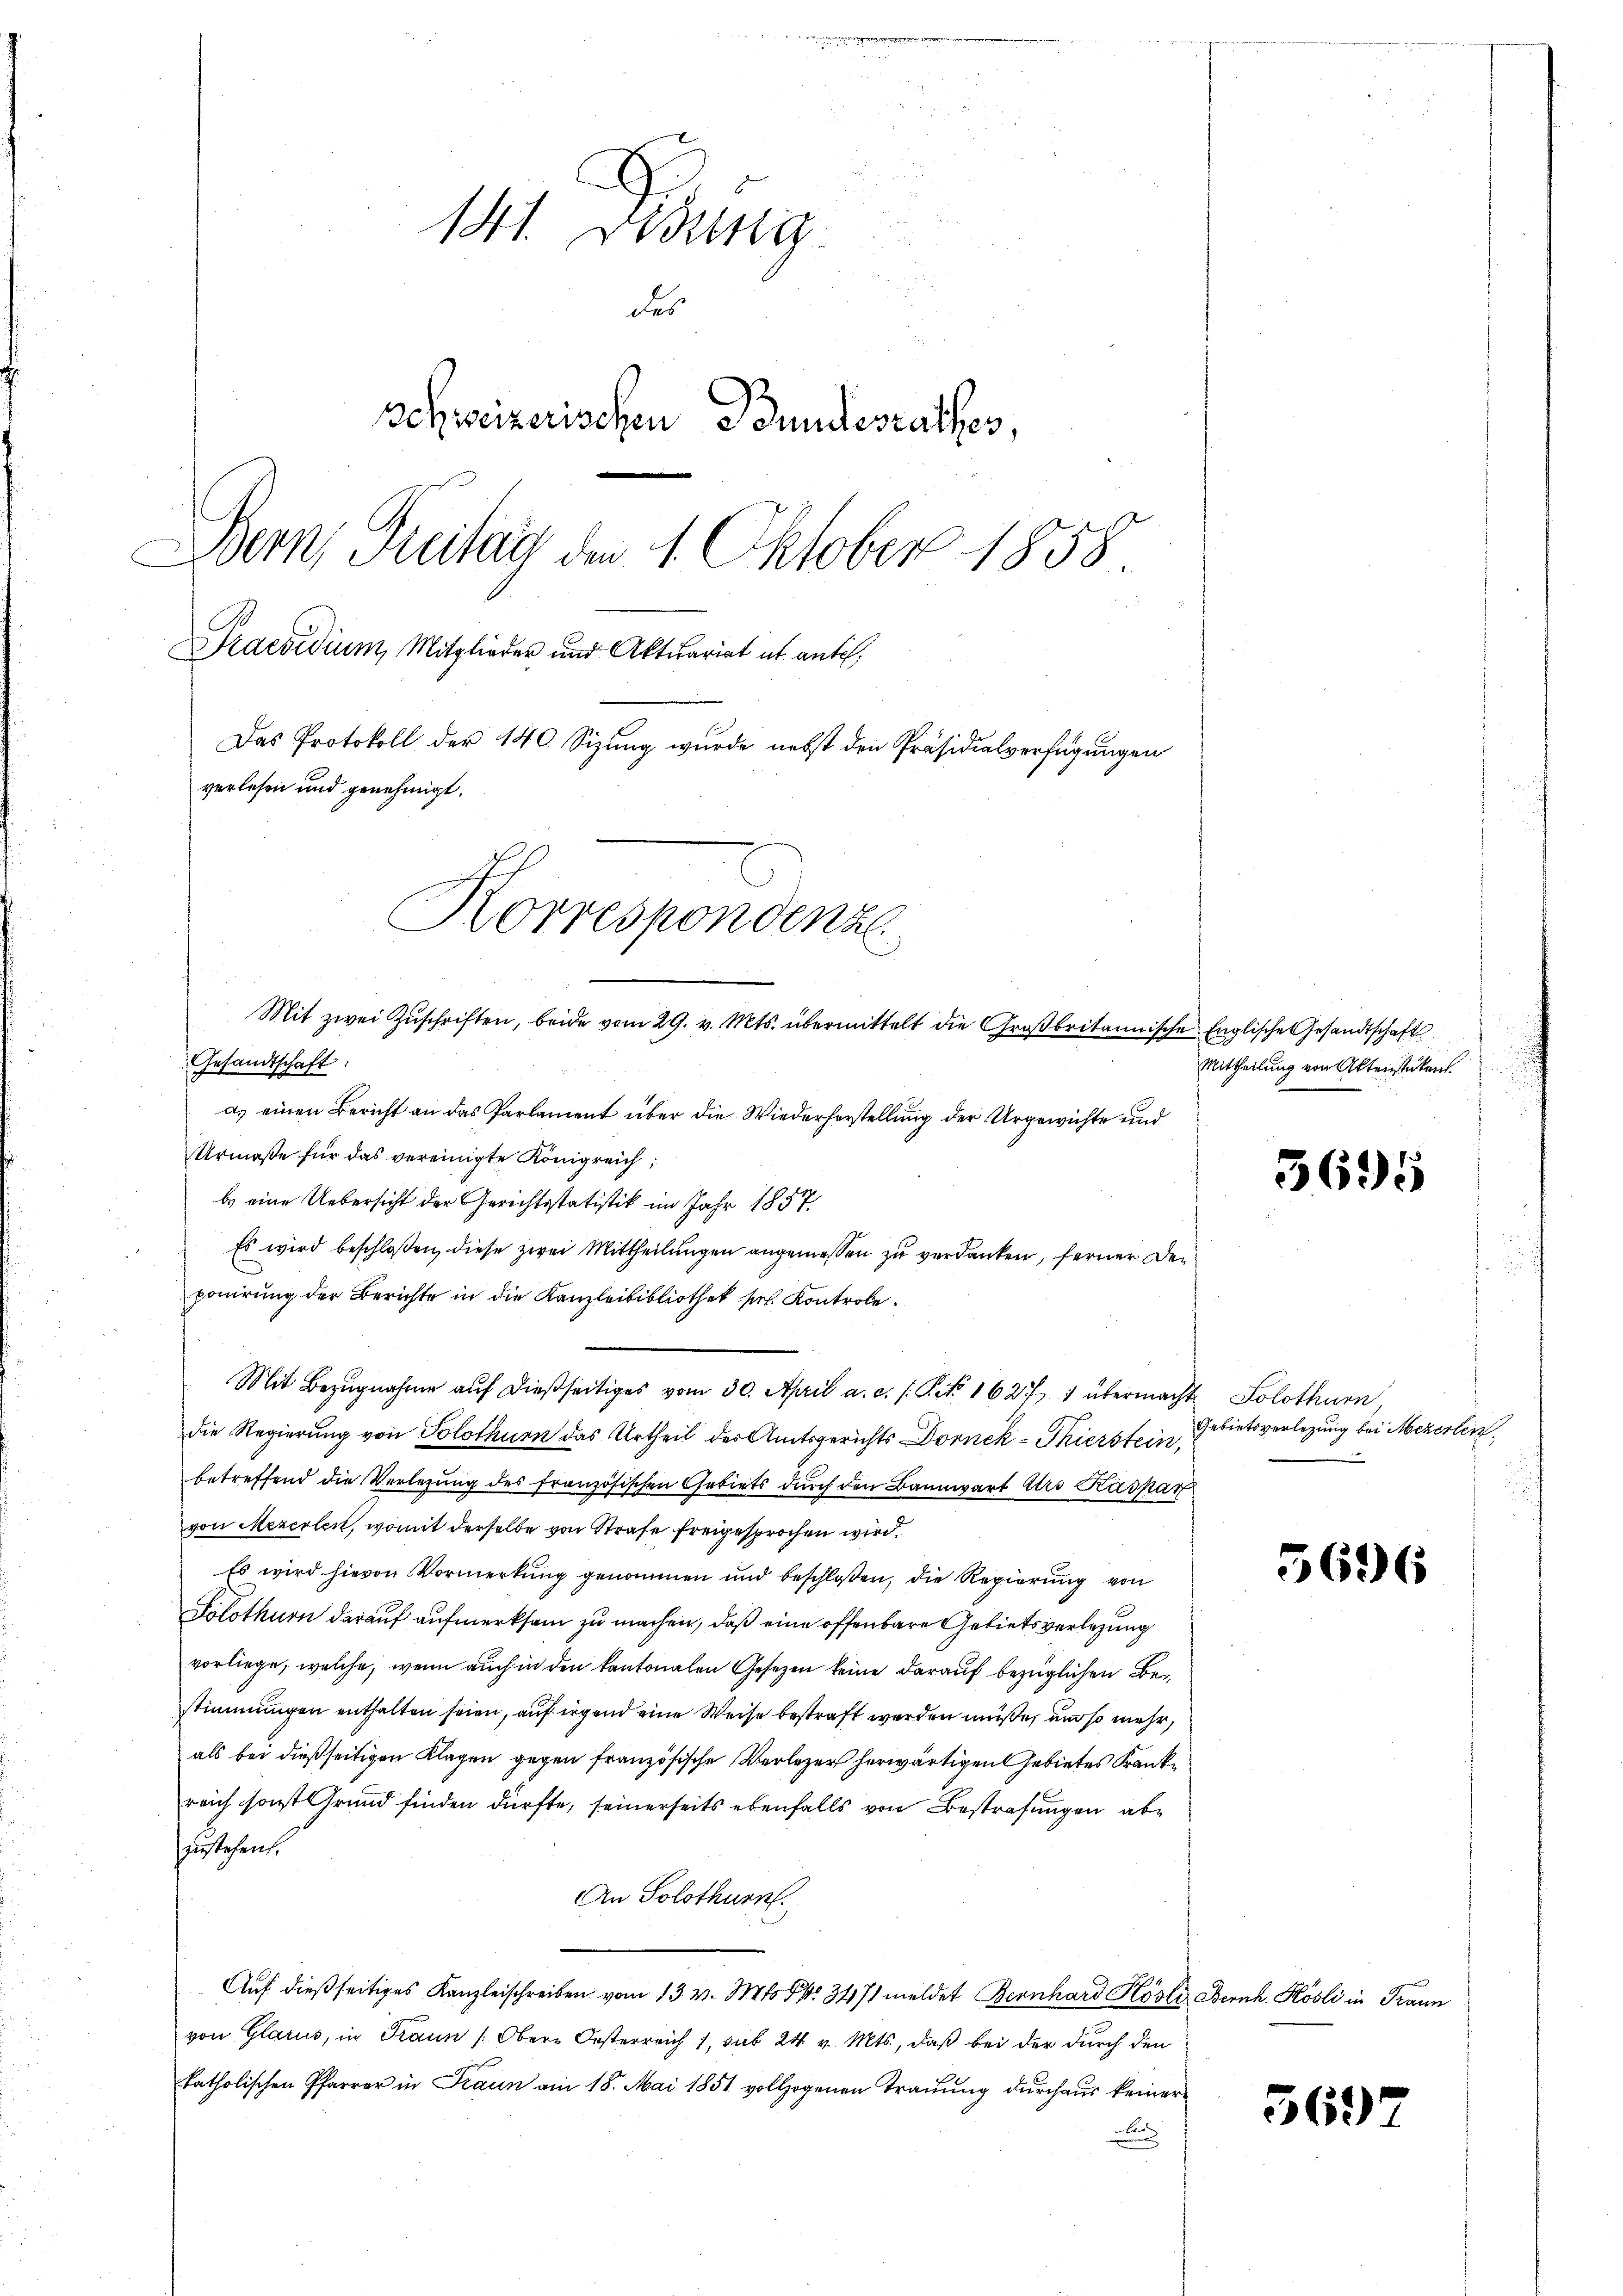
141. Denung
des
schweizerischen Bundesrathes,
Bern, Freitag den 1. Oktober 1858
Praevidium, Mitglieder und Aktuariat et antel,
Das Protokoll der 140. Sizung wurde nebst den Präsidialverfügungen
verlesen und genehmigt.
Korrespondenze
Mit zwei Zŭschriften, beide vom 29. v. Mts. übermittelt die Groβbritannische Englische Gesandtschaft

a. einen Bericht an das Parlament über die Wiederherstellung der Urgewichte und
Urmaße für das vereinigte Königreich
bs eine Uebersicht der Gerichtsstatistik im Jahr 1857
Es wird beschloßen, diese zwei Mittheilungen angemessen zu verdanken, ferner Deponirung der Berichte in die Kanzleibibliothek pr. Kontrole.
Mit Bezŭgnahme aŭf dießseitiges vom 30. April a. c. s. P. No 1627 1 übermacht Solothurn,
die Regierung von Solothurn das Urtheil der Amtsgerichts Dornck-Thierstein,
betreffend die Verlegung des französischen Gebiets durch den Bannwart Aro Kaspar
von Mezerlen, womit derselbe von Strafe freigesprochen wird.
Es wird hievon Vormerkung genommen und beschloßen, die Regierung von
Solothurn darauf aufmerksam zu machen, daß eine offenbare Gebietsverlegung
vorliege, welche, wenn auch in den kantonalen Gesetzen keine darauf bezüglichen Bestimmungen enthalten seien, auf irgend eine Weise bestraft werden müße, und so mehr,
als bei dießseitigen Klagen gegen französische Verleger herwärtigen Gebietes Krank
reich sonst Grund finden dürfte, seinerseits ebenfalls von Bestrafungen abe
szustehen.
An Solothurn.
Auf dießseitiges Kanzleischreiben vom 13. v. Mts. S. 3471 meldet Bernhard Kösli Bernh. Kösli in Traun
von Glarus, in Traun (Ober-Oesterreich 1, sub 24 v. Mts., daß bei der durch den
katholischen Pfarrer in Fraun am 18. Mai 1851 vollzogenen Trauung durchaus keiner
r

Gesandtschaft:

Mittheilung von Aktenstücken.

Gebietsverlegung bei Mezerten
.

5695

5696

3697